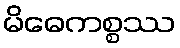
မိဓေကစ္စဿ